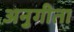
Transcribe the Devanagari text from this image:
अनुगीता